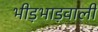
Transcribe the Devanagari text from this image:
भीड़भाड़वाली